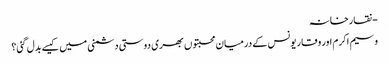
- نقارخانہ
وسیم اکرم اور وقار یونس کے درمیان محبتوں بھری دوستی دشمنی میں کیسے بدل گئی؟